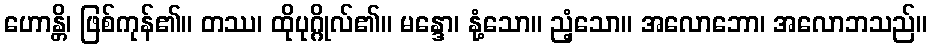
ဟောန္တိ၊ ဖြစ်ကုန်၏။ တဿ၊ ထိုပုဂ္ဂိုလ်၏။ မန္ဒော၊ နုံ့သော။ ညံ့သော။ အလောဘော၊ အလောဘသည်။